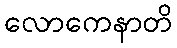
လောကေနာတိ